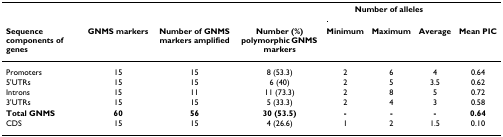
<table><thead><tr><td></td><td></td><td></td><td></td><td colspan="3"><b>Number of alleles</b></td><td></td></tr><tr><td><b>Sequence components of genes</b></td><td><b>GNMS markers</b></td><td><b>Number of GNMS markers amplified</b></td><td><b>Number (%) polymorphic GNMS markers</b></td><td><b>Minimum</b></td><td><b>Maximum</b></td><td><b>Average</b></td><td><b>Mean PIC</b></td></tr></thead><tbody><tr><td>Promoters</td><td>15</td><td>15</td><td>8 (53.3)</td><td>2</td><td>6</td><td>4</td><td>0.64</td></tr><tr><td>5&#x27;UTRs</td><td>15</td><td>15</td><td>6 (40)</td><td>2</td><td>5</td><td>3.5</td><td>0.62</td></tr><tr><td>Introns</td><td>15</td><td>11</td><td>11 (73.3)</td><td>2</td><td>8</td><td>5</td><td>0.72</td></tr><tr><td>3&#x27;UTRs</td><td>15</td><td>15</td><td>5 (33.3)</td><td>2</td><td>4</td><td>3</td><td>0.58</td></tr><tr><td><b>Total GNMS</b></td><td><b>60</b></td><td><b>56</b></td><td><b>30 (53.5)</b></td><td><b>-</b></td><td><b>-</b></td><td><b>-</b></td><td><b>0.64</b></td></tr><tr><td>CDS</td><td>15</td><td>15</td><td>4 (26.6)</td><td>1</td><td>2</td><td>1.5</td><td>0.10</td></tr></tbody></table>